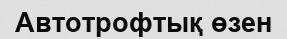
Автотрофтық өзен